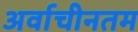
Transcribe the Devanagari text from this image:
अर्वाचीनतम